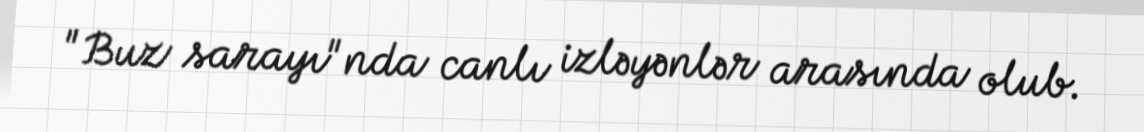
"Buz sarayı"nda canlı izləyənlər arasında olub.